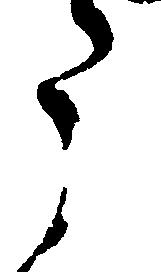
う